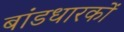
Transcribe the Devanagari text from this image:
बांडधारकों